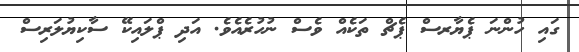
ގައި ހުންނަ ޕެޔާރސް ޕެޗް ތަކެއް ވެސް ނުުހުރެއެވެ. އަދި ޕްލައިކޭ ސާކިޔުލަރިސް